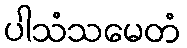
ပါသံသမေတံ